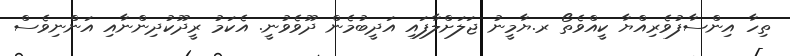
ތިހާ އިންސާފުވެރިއްޔާ ކީއްވެތޯ ރ.ޔާމީނު ޖަލަށްލާފައި އަދީބުމެން ދޫވެވުނީ. އެކަމު ރީދޫކުދިންނާއި އަންނިވެސް